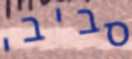
סביבי